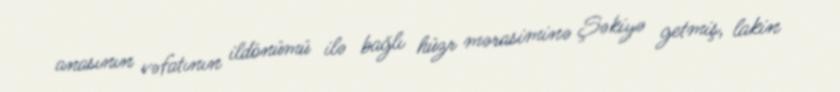
anasının vəfatının ildönümü ilə bağlı hüzr mərasiminə Şəkiyə getmiş, lakin